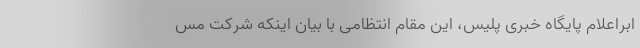
ابراعلام پایگاه خبری پلیس، این مقام انتظامی با بیان اینکه شرکت مس